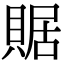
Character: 䝻